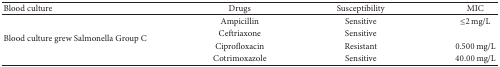
<table><thead><tr><td><b>Blood culture</b></td><td><b>Drugs </b></td><td><b>Susceptibility</b></td><td><b>MIC</b></td></tr></thead><tbody><tr><td rowspan="4">Blood culture grew Salmonella Group C</td><td>Ampicillin</td><td>Sensitive</td><td> ≤2 mg/L</td></tr><tr><td>Ceftriaxone</td><td>Sensitive</td><td> </td></tr><tr><td>Ciprofloxacin</td><td>Resistant</td><td>0.500 mg/L</td></tr><tr><td>Cotrimoxazole</td><td>Sensitive</td><td>40.00 mg/L</td></tr></tbody></table>